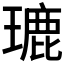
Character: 𤨞